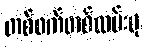
တစ်ဖက်တစ်လမ်းမှ